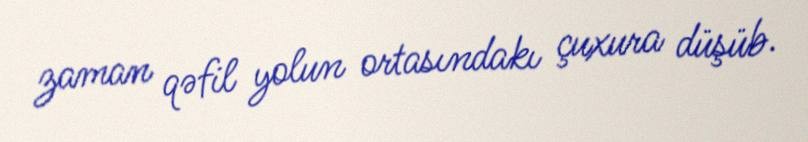
zaman qəfil yolun ortasındakı çuxura düşüb.